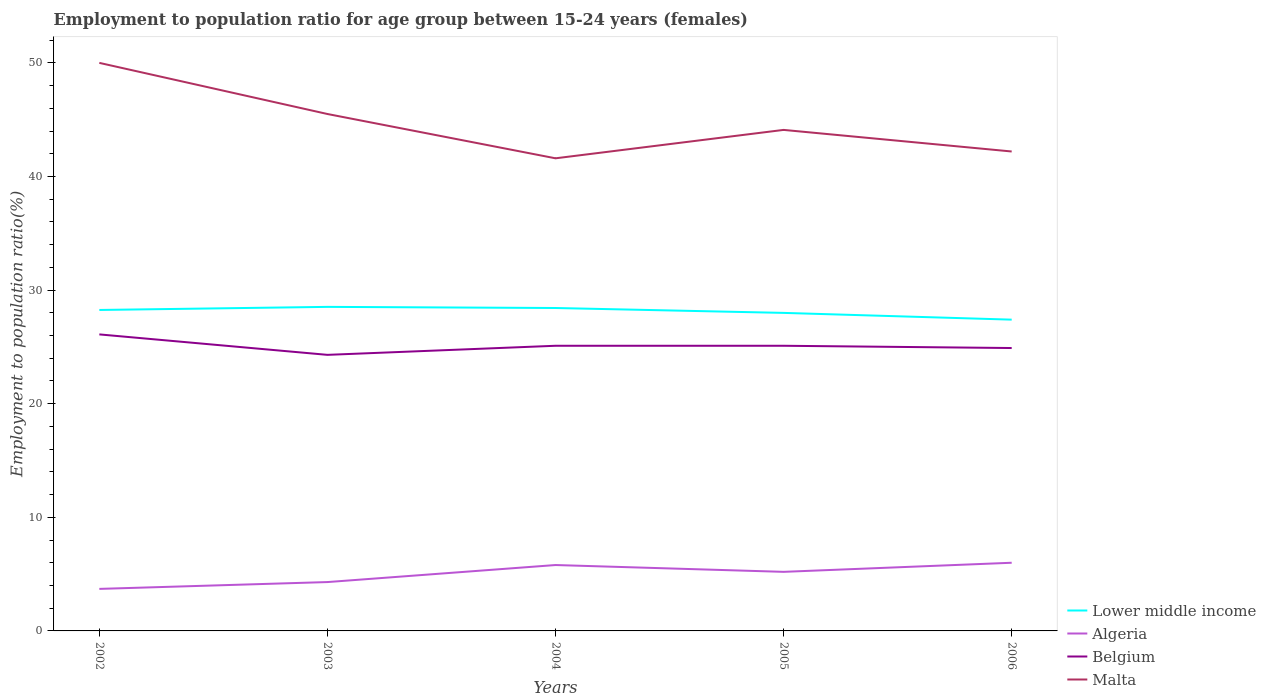
| Years | Lower middle income | Algeria | Belgium | Malta |
 | --- | --- | --- | --- | --- |
 | 2002 | 28.3 | 3.7 | 26.1 | 50 |
 | 2003 | 28.5 | 4.3 | 24.3 | 45.5 |
 | 2004 | 28.4 | 5.8 | 25.1 | 41.6 |
 | 2005 | 28 | 5.2 | 25.1 | 44.1 |
 | 2006 | 27.4 | 6 | 24.9 | 42.2 |